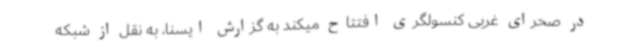
در صحرای غربی کنسولگری افتتاح میکند به گزارش ایسنا، به نقل از شبکه